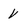
Character: V